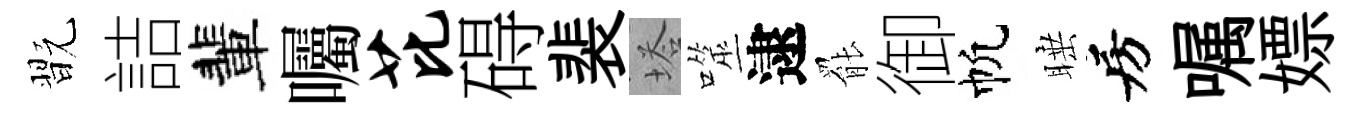
翫詰輩囑芘碍裴塔噬逮罷御帆睡房嘱嫖